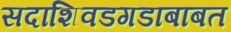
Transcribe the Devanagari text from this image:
सदाशिवडगडाबाबत